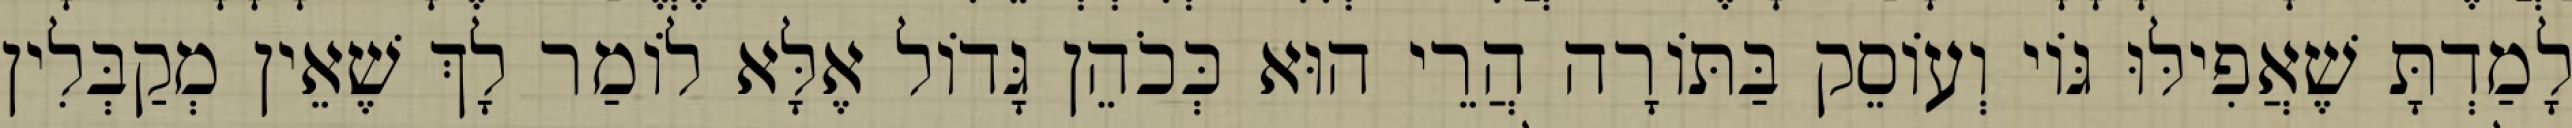
לָמַדְתָּ שֶׁאֲפִילּוּ גּוֹי וְעוֹסֵק בַּתּוֹרָה הֲרֵי הוּא כְּכֹהֵן גָּדוֹל אֶלָּא לוֹמַר לָךְ שֶׁאֵין מְקַבְּלִין